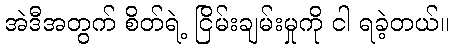
အဲဒီအတွက် စိတ်ရဲ့ ငြိမ်းချမ်းမှုကို ငါ ရခဲ့တယ်။